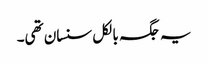
یہ جگہ بالکل سنسان تھی۔